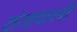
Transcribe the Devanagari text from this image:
ठंडवाली